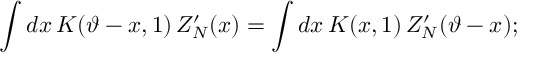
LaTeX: \int d x \, K ( \vartheta - x , 1 ) \, Z _ { N } ^ { \prime } ( x ) = \int d x \, K ( x , 1 ) \, Z _ { N } ^ { \prime } ( \vartheta - x ) ;